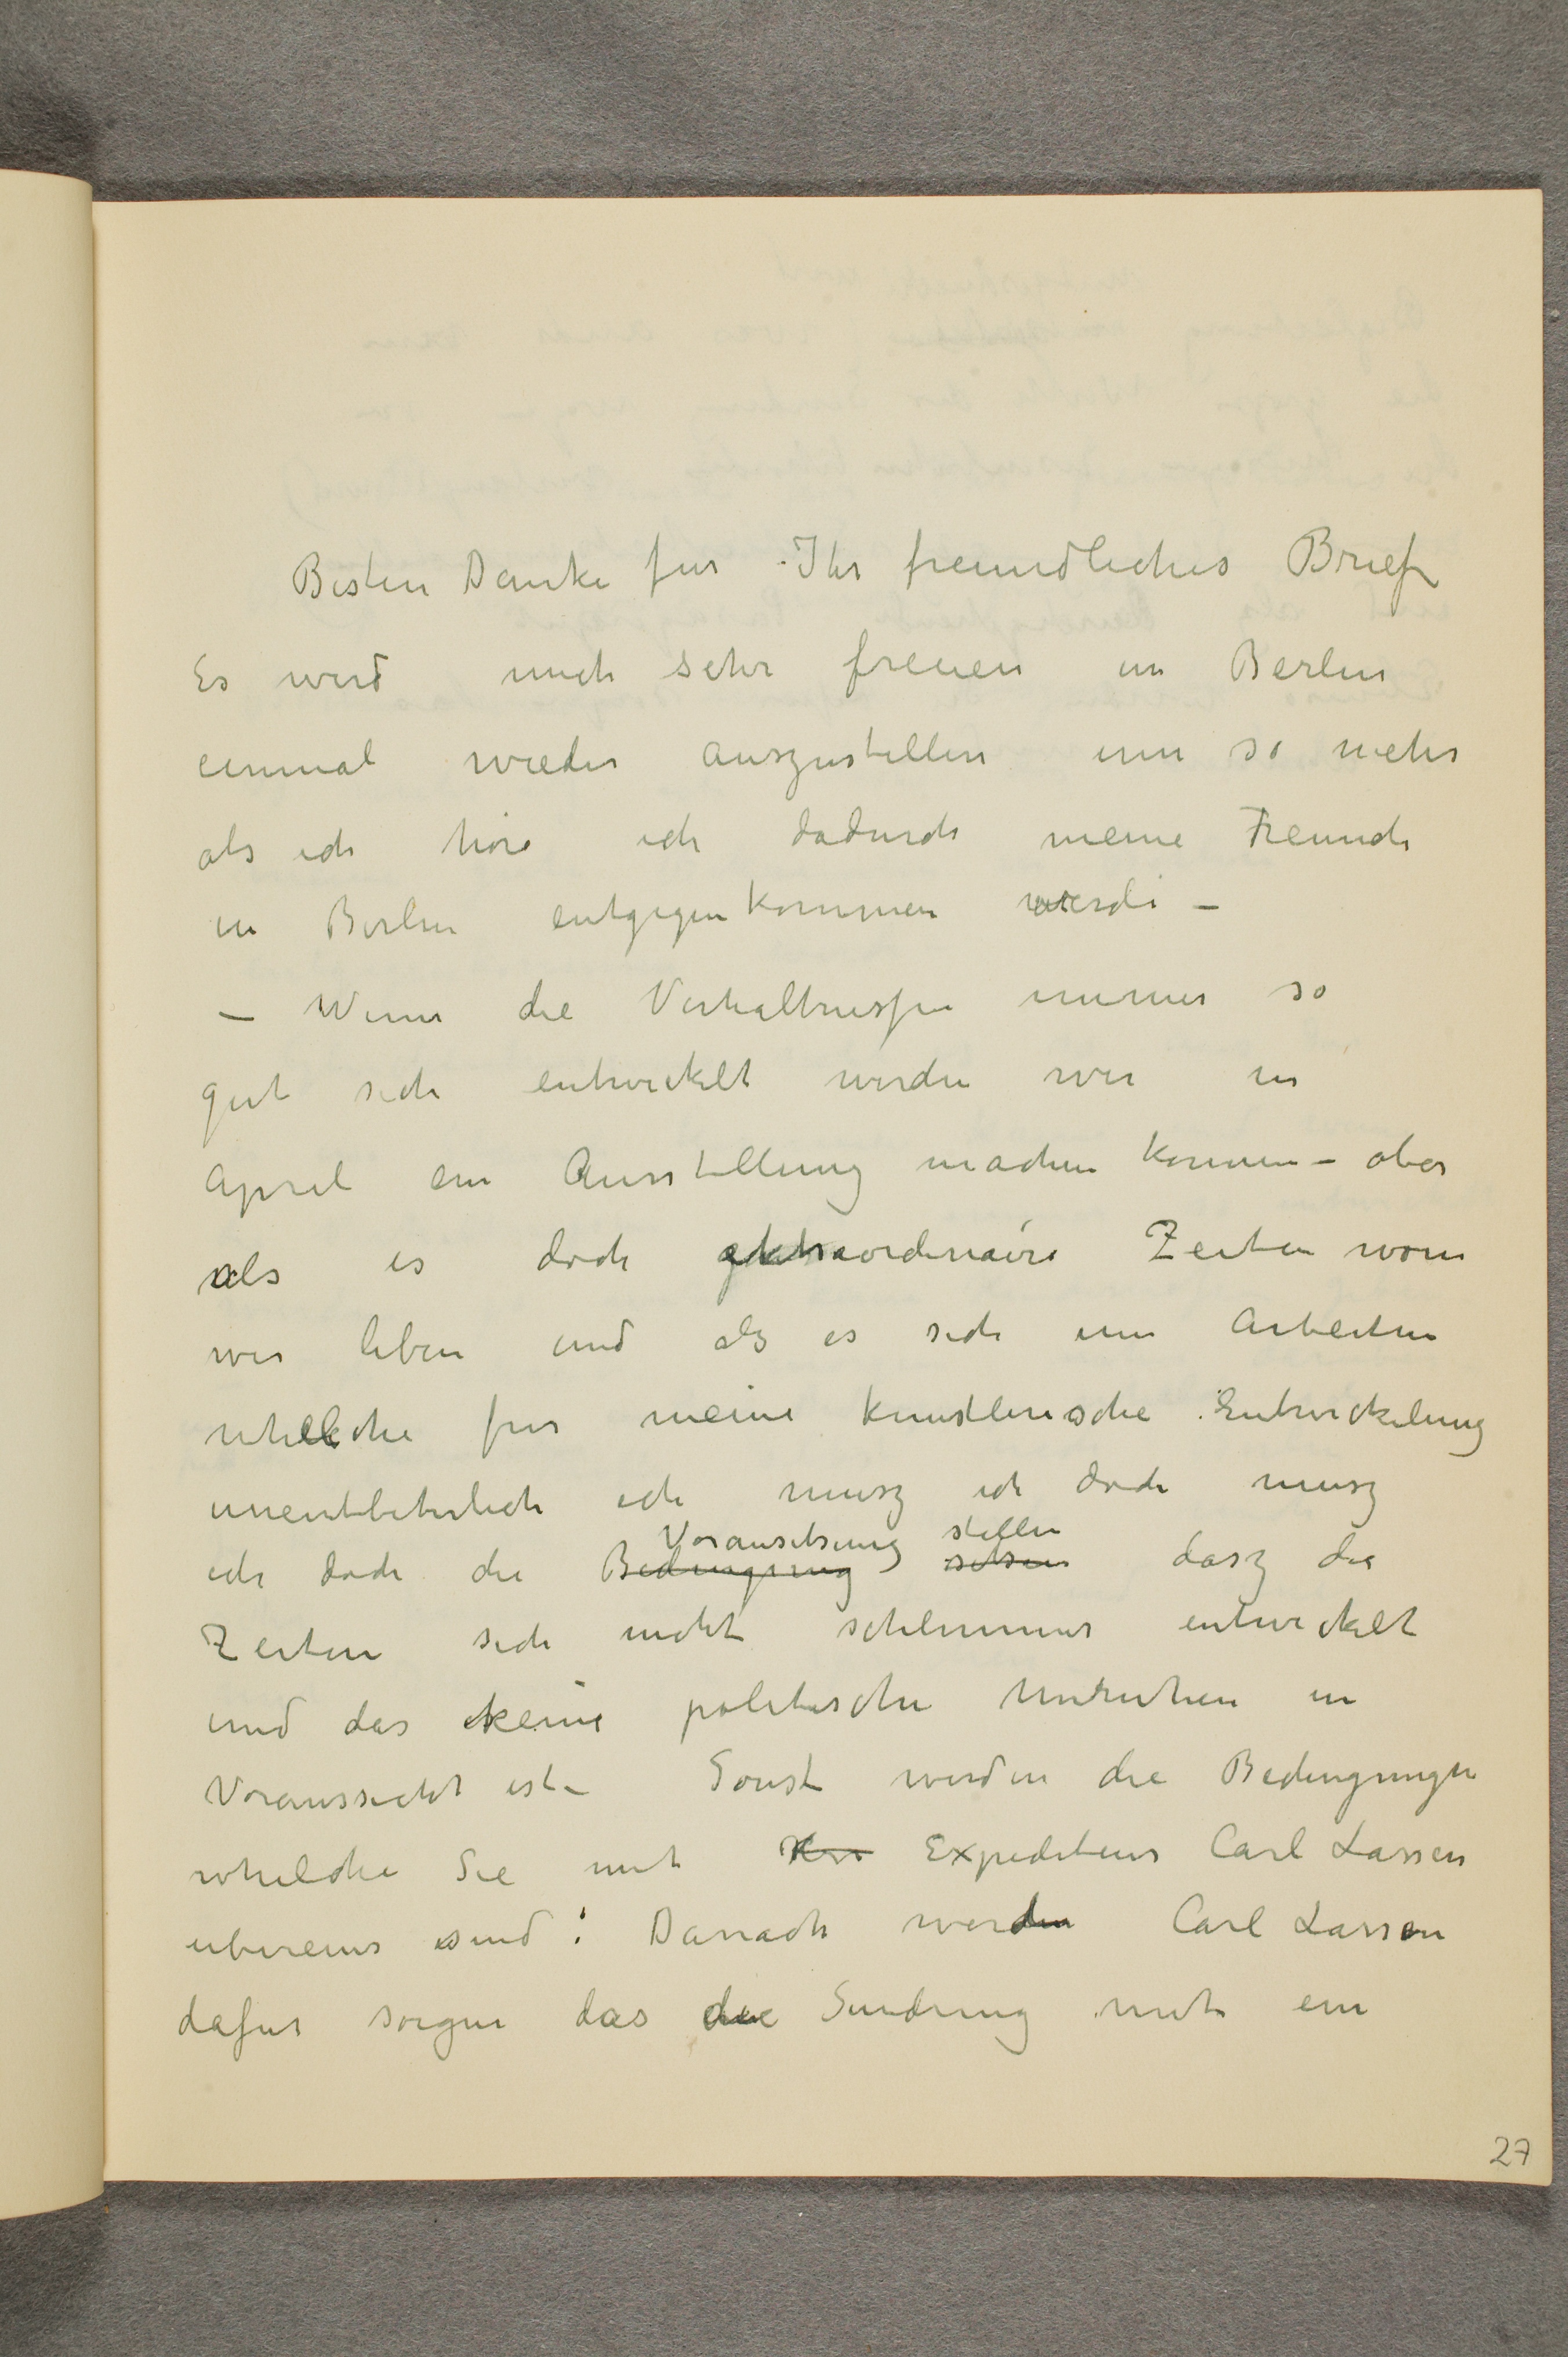
Besten Danke fur Ihr freundliches Brief
Es wird mich sehr freuen im Berlin
einmal wieder auszustellen um so mehr
als ich höre ich dadurch meine Freunde
in Berlin entgegen kommen werde -
- Wenn die Verhaltnissen immer so
gut sich entwickelt werden wir in
April ein Ausstellung machen konnen - aber
als es doch extraordinaire Zeiten worin
wir leben und als es sich um Arbeiten
whelche fur meine kunstlerische Entwicklung
unentbehrlich ich musz ich doch musz
ich doch die Bedingung Vorausetsung setsen stellen dasz die
Zeiten sich nicht schlimmer entwickelt
und das keine politische Unruhen in
Voraussicht ist - Sonst werden die Bedingungen
whelche Sie mit Hrr Expediteur Carl Lassen
ubereins sind: Danach wird Carl Lassen
dafur sorgen das die Sendung mit ein